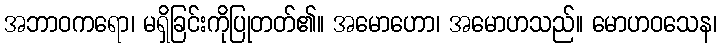
အဘာဝကရော၊ မရှိခြင်းကိုပြုတတ်၏။ အမောဟော၊ အမောဟသည်။ မောဟဝသေန၊